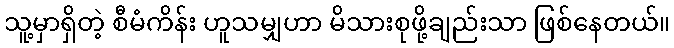
သူ့မှာရှိတဲ့ စီမံကိန်း ဟူသမျှဟာ မိသားစုဖို့ချည်းသာ ဖြစ်နေတယ်။